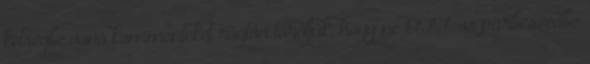
kétségbe vonó kommenteket rögtön töröljük, hogy ne OFF-os párbeszédbe